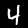
Digit: 4